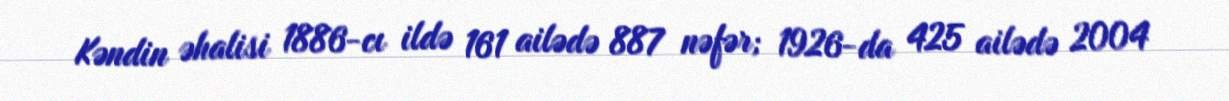
Kəndin əhalisi 1886-cı ildə 161 ailədə 887 nəfər; 1926-da 425 ailədə 2004